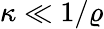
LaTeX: \kappa\ll 1/\varrho